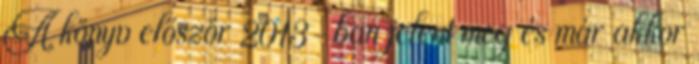
A könyv először 2013-ban jelent meg és már akkor